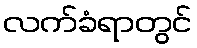
လက်ခံရာတွင်